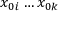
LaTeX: x _ { 0 i } \ldots x _ { 0 k }